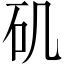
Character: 矶